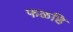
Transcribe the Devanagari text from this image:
फळहि